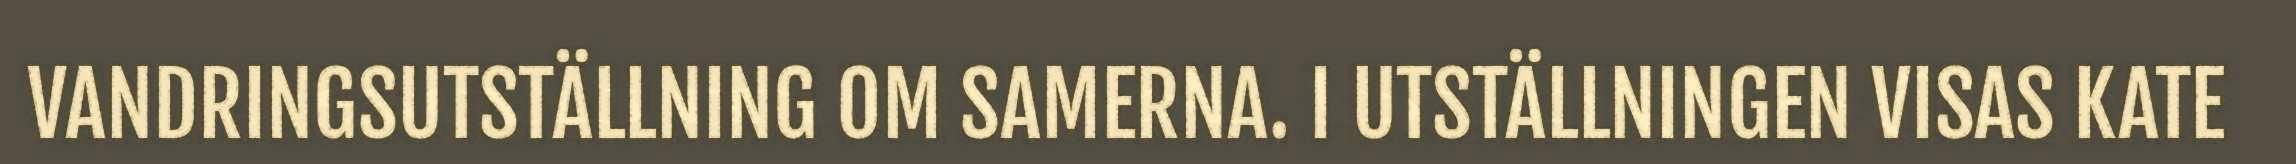
VANDRINGSUTSTÄLLNING OM SAMERNA. I UTSTÄLLNINGEN VISAS KATE